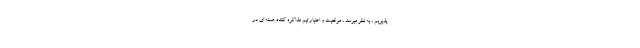
پذیریم ، به نظر میرسد ، موقعیت و اعتبار تیم مذاکره کننده هسته ای در